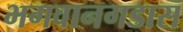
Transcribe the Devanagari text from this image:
भगवानगडास